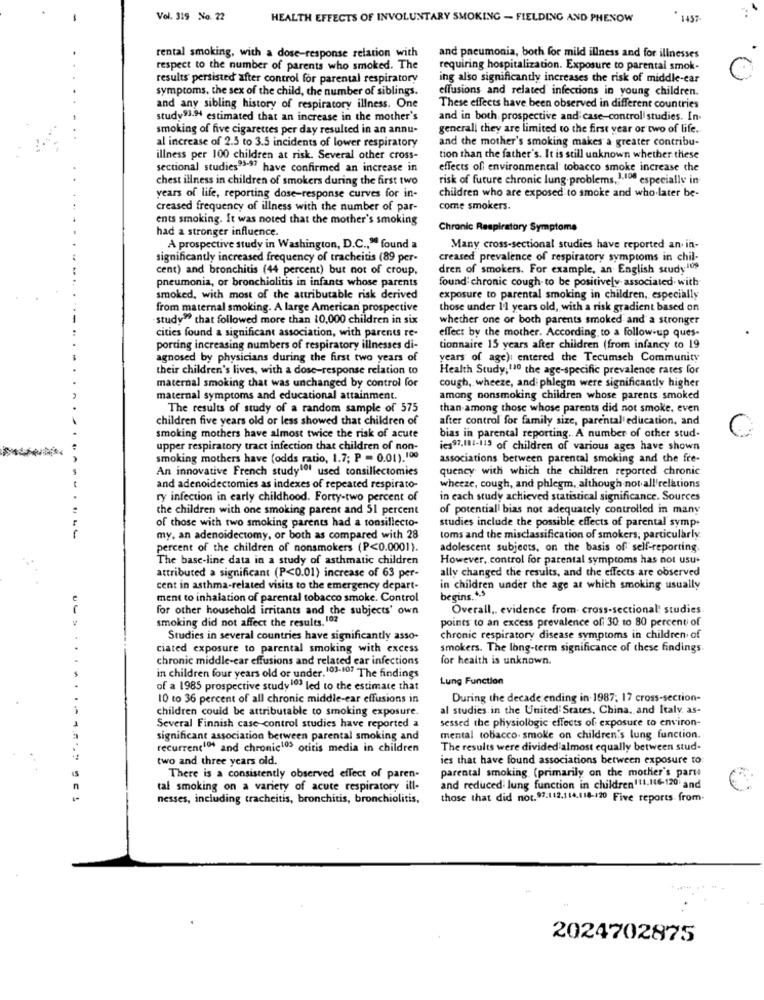
Vol. 319 No. 22
HEALTH EFFECTS OF INVOLUNTARY SMOKING - FIELDING AND PHENOW
. 1457
rental smoking, with a dose-response relation with
and pneumonia, both for mild illness and for illnesses
respect to the number of parents who smoked. The
requiring hospitalization. Exposure to parental smok-
results' persisted after control for parental respiratory
ing also significantly increases the risk of middle-ear
symptoms, the sex of the child, the number of siblings.
effusions and related infections in young children.
and any sibling history of respiratory illness. One
These effects have been observed in different countries
study93.94 estimated that an increase in the mother's
and in both prospective and case-control studies. In-
smoking of five cigarettes per day resulted in an annu-
generall they are limited to the first year or two of life.
and the mother's smoking makes a greater contribu-
al increase of 2.5 to 3.5 incidents of lower respiratory
illness per 100 children at risk. Several other cross-
tion than the father's. It is still unknown whether these
sectional studies93-97 have confirmed an increase in
effects of environmental tobacco smoke increase the
chest illness in children of smokers during the first two
risk of future chronic lung problems. 1.100 especially in
children who are exposed to smoke and who later be-
years of life, reporting dose-response curves for in-
creased frequency of illness with the number of par-
come smokers.
ents smoking. It was noted that the mother's smoking
had a stronger influence.
Chronic Respiratory Symptome
A prospective study in Washington, D.C ., " found a
Many cross-sectional studies have reported an in-
significantly increased frequency of tracheitis (89 per-
creased prevalence of respiratory symptoms in chil-
cent) and bronchitis (44 percent) but not of croup.
dren of smokers. For example, an English study109
pneumonia, or bronchiolitis in infants whose parents
found: chronic cough- to be positively- associated with
smoked, with most of the attributable risk derived
exposure to parental smoking in children, especially
from maternal smoking. A large American prospective
those under 1'1 years old, with a risk gradient based on
study" that followed more than 10,000 children in six
whether one or both parents smoked and a stronger
cities found a significant association, with parents re-
effect by the mother. According to a follow-up ques-
porting increasing numbers of respiratory illnesses di-
tionnaire 15 years after children (from infancy to 19
agnosed by physicians during the first two years of
years of age): entered the Tecumseh Community
their children's lives, with a dose-response relation to
Health Study, 110 the age-specific prevalence rates for
maternal smoking that was unchanged by control for
cough, wheeze, and: phlegm were significantly higher
maternal symptoms and educational attainment.
among nonsmoking children whose parents smoked
The results of study of a random sample of 575
than among those whose parents did not smoke. even
children five years old or less showed that children of
after control for family size, parental'education, and
C.
smoking mothers have almost twice the risk of acute
bias in parental reporting. A number of other stud-
upper respiratory tract infection that children of non-
ies97,111-119 of children of various ages have shown
smoking mothers have (odds ratio, 1.7; P = 0.01). 100
associations between parental smoking and the fre-
An innovative French study of used tonsillectomies
quency with which the children reported chronic
and adenoidectomies as indexes of repeated respirato-
wheeze, cough, and phlegm, although not all'relations
ry infection in early childhood. Forty-two percent of
in each study achieved statistical significance. Sources
the children with one smoking parent and 51 percent
of potential! bias not adequately controlled in many
studies include the possible effects of parental symp.
of those with two smoking parents had a tonsillecto-
my, an adenoidectomy, or both as compared with 28
toms and the misclassification of smokers, particularly
percent of the children of nonsmokers (P<0.0001).
adolescent subjects, on the basis of self-reporting.
The base-line data in a study of asthmatic children
However, control for parental symptoms has not usu-
ally changed the results, and the effects are observed
attributed a significant (P<0.01) increase of 63 per-
cent in asthma-related visits to the emergency depart-
in children under the age at which smoking usually
ment to inhalation of parental tobacco smoke. Control
begins ... 3
for other household irritants and the subjects' own
Overall .. evidence from- cross-sectional studies.
smoking did not affect the results. 102
points to an excess prevalence of 30 to 80 percent of
Studies in several countries have significantly asso-
chronic respiratory disease symptoms in children of
ciated exposure to parental smoking with excess
smokers. The long-term significance of these findings.
chronic middle-car effusions and related ear infections
for health is unknown.
in children four years old or under. 103-107 The findings
Lung Function
of a 1985 prospective studylo led to the estimate that
10 to 36 percent of all chronic middle-ear effusions in
During the decade ending in 1987; 17 cross-section-
children could be attributable to smoking exposure.
al studies in the United States, China, and Italy, as-
sessed the physiologic effects of exposure to environ-
Several Finnish case control studies have reported a
significant association between parental smoking and
mental tobacco- smoke on children's lung function.
recurren(104 and chronic105 otitis media in children
The results were divided almost equally between stud-
two and three years old.
ies that have found associations between exposure to
parental smoking (primarily on the mother's part
There is a consistently observed effect of paren-
n
tal smoking on a variety of acute respiratory ill-
and reduced lung function in children(11,146-120 and
€
nesses, including tracheitis, bronchitis, bronchiolitis,
those that did not. 97.112.114.118-120 Five reports from.
2024702875